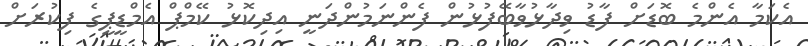
އެކަމާ އެންމެ ބޮޑަށް ފާޑު ވިދާޅުވާބޭފުޅުން ފެންނަމުންދަނީ އިދިކޮޅު ކޭމްޕް އެމްޑީޕީގެ ފިކުރަށް